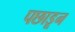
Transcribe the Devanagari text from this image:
पछाडून